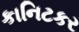
કાનિટકર